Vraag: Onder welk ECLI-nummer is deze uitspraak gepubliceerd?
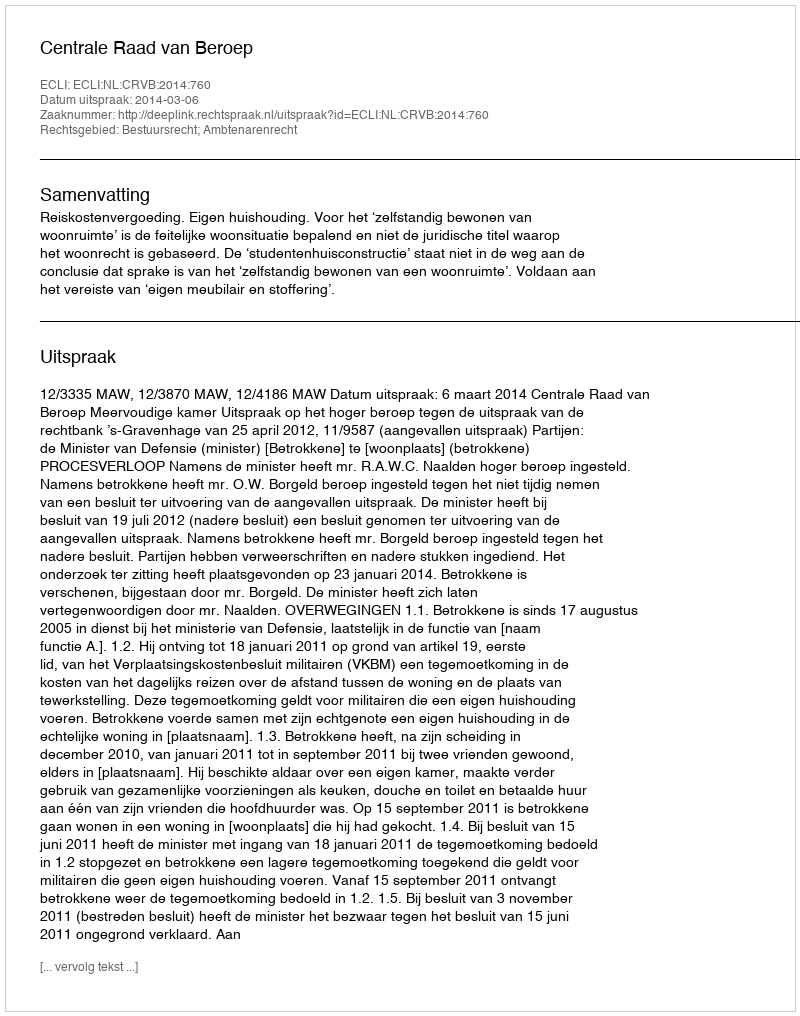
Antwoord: ECLI:NL:CRVB:2014:760